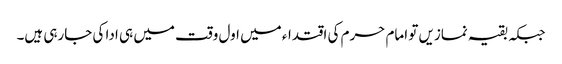
جبکہ بقیہ نمازیں تو امام حرم کی اقتداء میں اول وقت میں ہی ادا کی جارہی ہیں۔